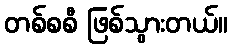
တစ်စစီ ဖြစ်သွားတယ်။